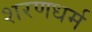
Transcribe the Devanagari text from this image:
शरणधर्म